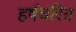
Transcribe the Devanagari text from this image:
हर्षचरित्र